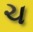
ચ